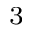
_ 3